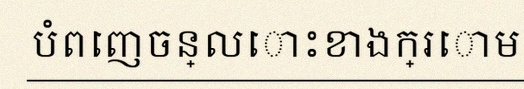
បំពេញចន្លោះខាងក្រោម